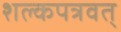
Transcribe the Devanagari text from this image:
शल्कपत्रवत्‌